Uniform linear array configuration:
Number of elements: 24
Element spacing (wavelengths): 0.25
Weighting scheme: cosine
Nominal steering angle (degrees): -30
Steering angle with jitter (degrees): -28.902
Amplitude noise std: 0.05
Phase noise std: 0.05

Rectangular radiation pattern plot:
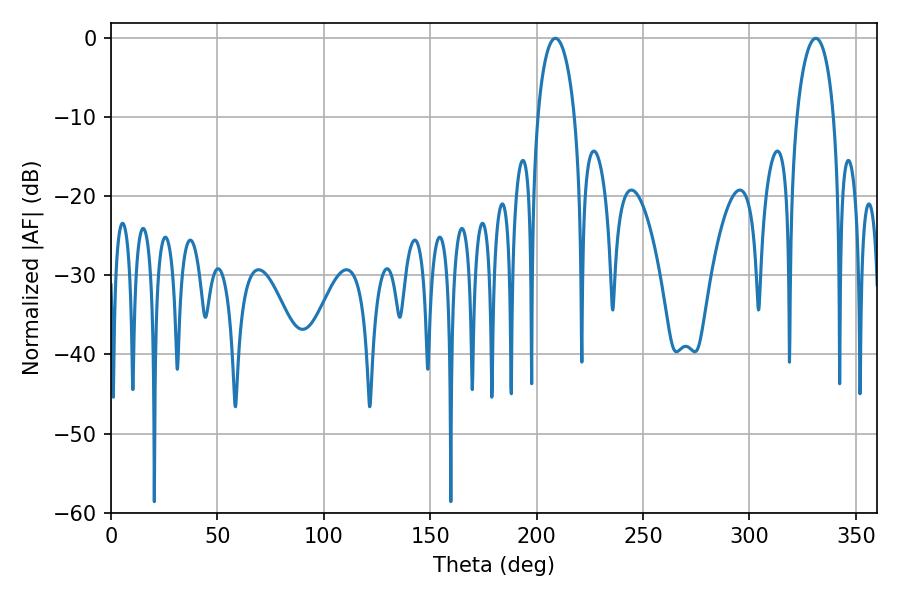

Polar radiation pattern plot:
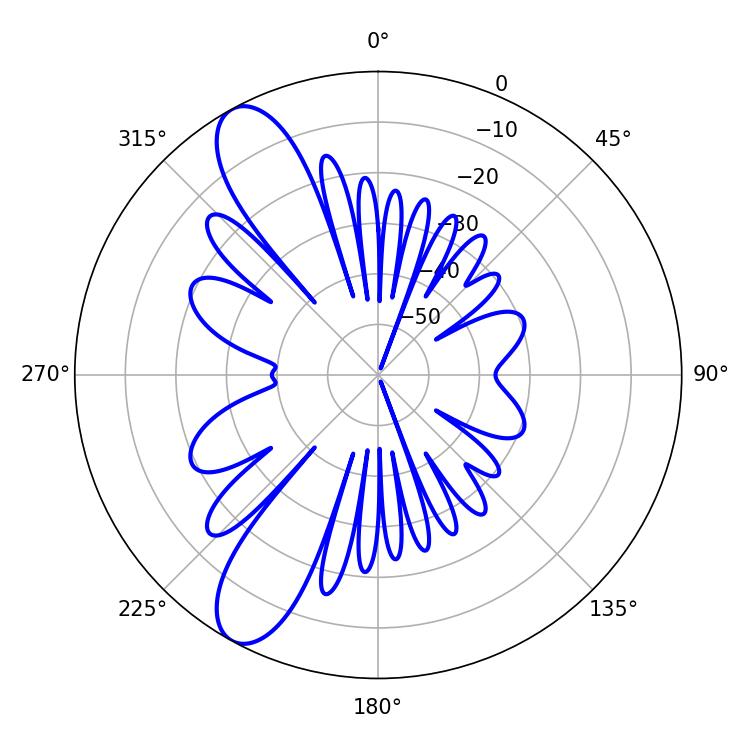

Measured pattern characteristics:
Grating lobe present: FALSE
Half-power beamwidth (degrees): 9.9
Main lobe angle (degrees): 208.8